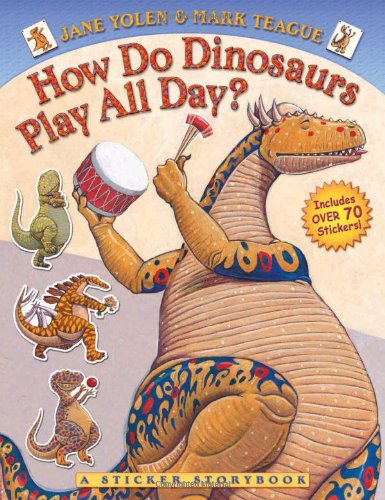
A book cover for How Do Dinosaurs Play All Day?; Jane Yolen; Children's Books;